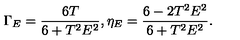
\Gamma _ { E } = \frac { 6 T } { 6 + T ^ { 2 } E ^ { 2 } } , \eta _ { E } = \frac { 6 - 2 T ^ { 2 } E ^ { 2 } } { 6 + T ^ { 2 } E ^ { 2 } } .